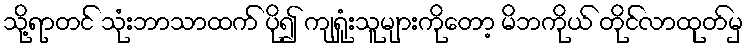
သို့ရာတင် သုံးဘာသာထက် ပို၍ ကျရှုံးသူများကိုတော့ မိဘကိုယ် တိုင်လာထုတ်မှ